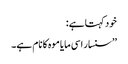
خود کہتا ہے:
’’سنسار اسی مایا موہ کا نام ہے۔